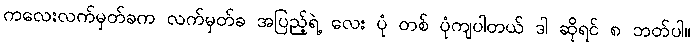
ကလေးလက်မှတ်ခက လက်မှတ်ခ အပြည့်ရဲ့ လေး ပုံ တစ် ပုံကျပါတယ် ဒါ ဆိုရင် ၈ ဘတ်ပါ။